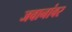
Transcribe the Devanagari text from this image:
जवानांवर